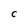
Character: C